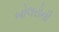
બોલરોની